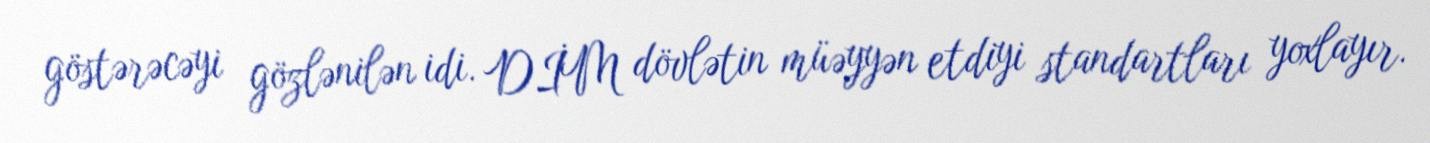
göstərəcəyi gözlənilən idi. DİM dövlətin müəyyən etdiyi standartları yoxlayır.